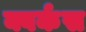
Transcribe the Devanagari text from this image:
क्वर्कस